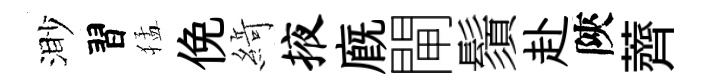
渺習猛俛𦂶掖廐閘鬚赴陝薺